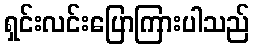
ရှင်းလင်းပြောကြားပါသည်